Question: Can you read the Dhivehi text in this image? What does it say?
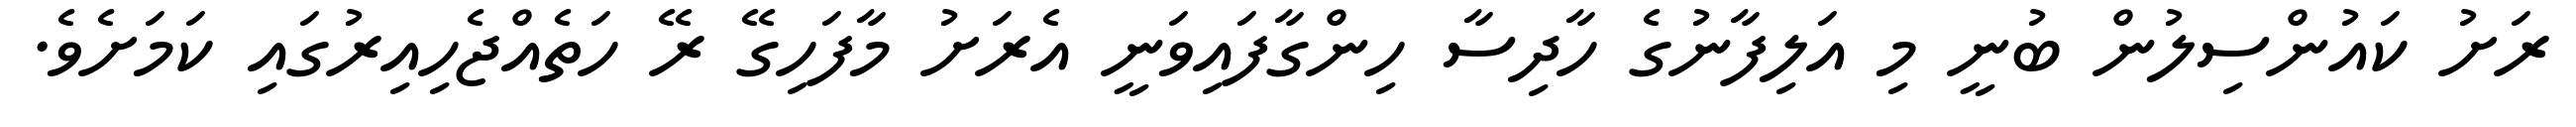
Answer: ރަށު ކައުންސިލުން ބުނީ މި އަލިފާނުގެ ހާދިސާ ހިންގާފައިވަނީ އެރަށު މާފަހިގޭ ރޭ ހަތެއްޖެހިއިރުގައި ކަމަށެވެ.